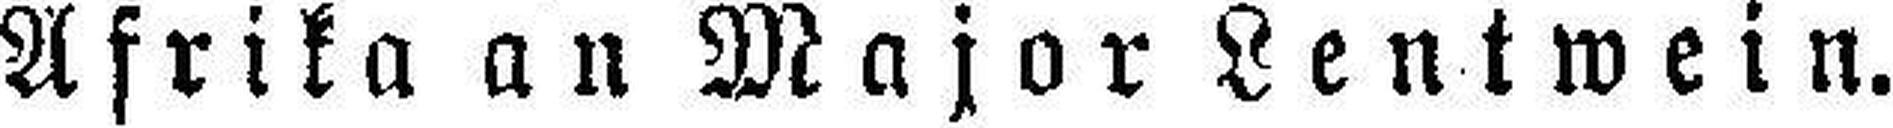
Afrika an Major Lentwein.